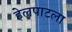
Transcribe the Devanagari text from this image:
हेलपाटला